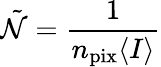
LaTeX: \tilde{\mathcal{N}}=\frac{1}{n_{\mathrm{pix}}\langle I\rangle}